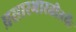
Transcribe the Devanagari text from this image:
प्रसारभारतीतर्फे